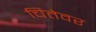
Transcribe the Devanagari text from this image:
चितेवर